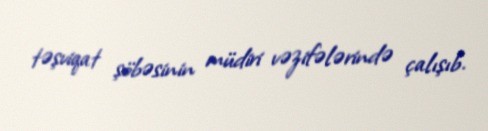
təşviqat şöbəsinin müdiri vəzifələrində çalışıb.